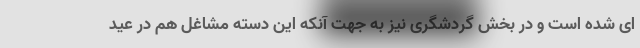
ای شده است و در بخش گردشگری نیز به جهت آنکه این دسته مشاغل هم در عید